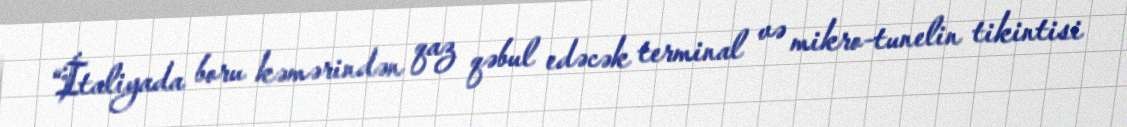
“İtaliyada boru kəmərindən qaz qəbul edəcək terminal və mikro-tunelin tikintisi